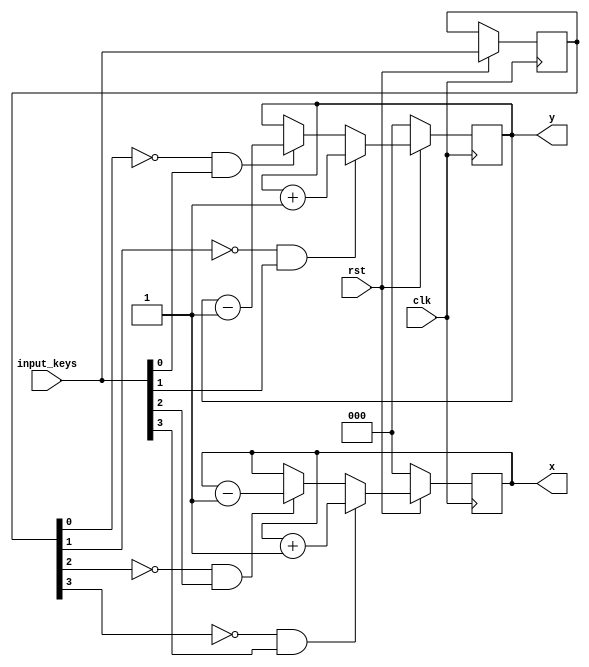
module traversal(input_keys, rst, clk, x, y);
	input [3:0] input_keys;
	input rst, clk;
	output reg [2:0] x, y;

	reg [3:0] input_keys_last;
	
	initial 
	begin
		x = 0;
		y = 0;
		input_keys_last = 4'b0000;
	end

	
	always @(posedge clk)
	begin		
		if (rst==0) begin
			x <= 0;
			y <= 0;
		end else begin
			if (input_keys_last[0] == 0 & input_keys[0] == 1) begin
				y <= y - 1;
			end if (input_keys_last[1] == 0 & input_keys[1] == 1) begin
				y <= y + 1;
			end if (input_keys_last[2] == 0 & input_keys[2] == 1) begin
				x <= x - 1;
			end if (input_keys_last[3] == 0 & input_keys[3] == 1) begin
				x <= x + 1;
			end
			
			input_keys_last <= input_keys;
			
		end
	end
	
endmodule